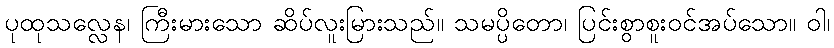
ပုထုသလ္လေန၊ ကြီးမားသော ဆိပ်လူးမြားသည်။ သမပ္ပိတော၊ ပြင်းစွာစူးဝင်အပ်သော။ ဝါ၊